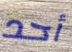
أحد